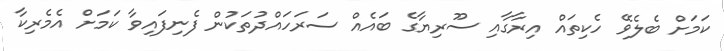
ކަމަށް ބެލެވޭ ހެކިތައް އިރާގާއި ސޫރިޔާގެ ބައެއް ސަރަހައްދުތަކުން ފެނިފައިވާ ކަމަށް އެމެރިކާ